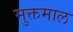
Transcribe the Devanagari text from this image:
मुक्तमाल